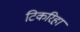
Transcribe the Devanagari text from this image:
टिकरिहा